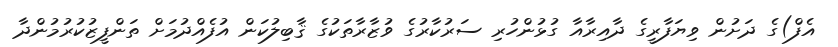
އެފް)ގެ ދަށުން ވިޔަފާރީގެ ދާއިރާއާ ގުޅުންހުރި ސަރުކާރުގެ ވުޒާރާތަކުގެ ޤާބިލުކަން އުފެއްދުމަށް ތަންފީޒުކުރުމުންދާ